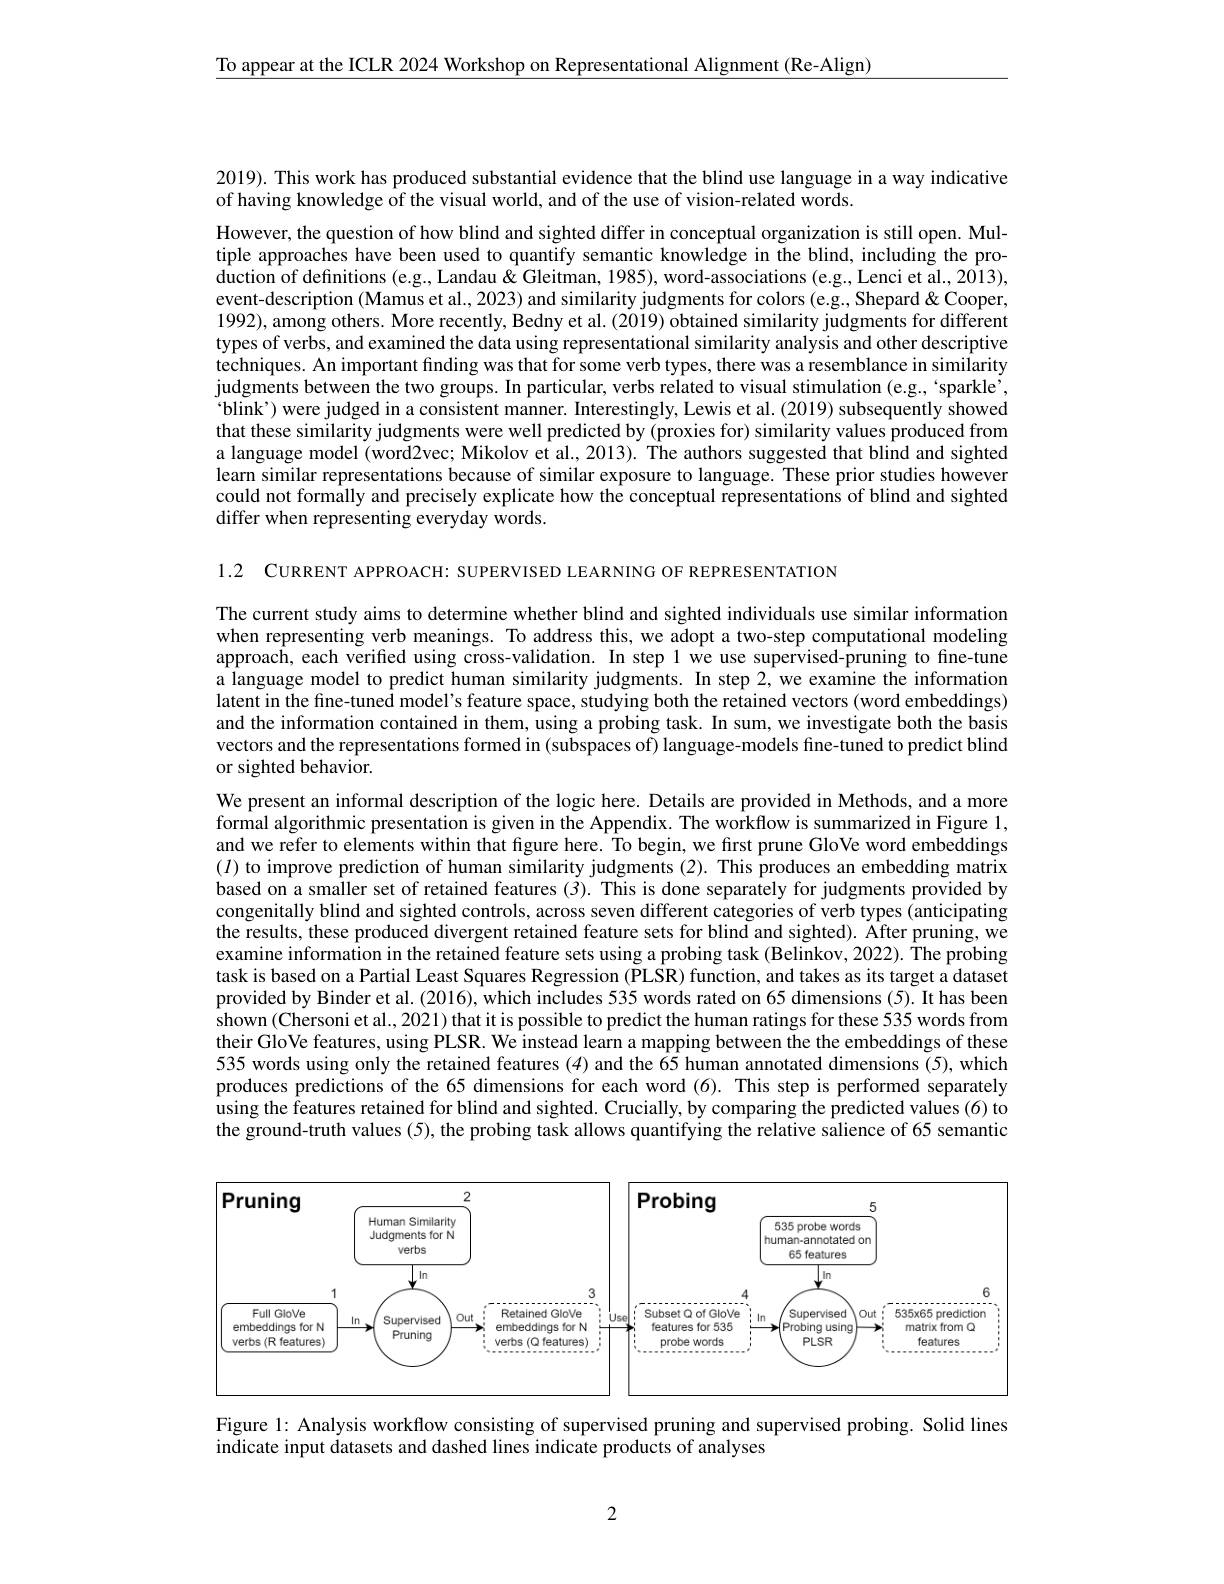
$\underline{\text{To appear at the ICLR 2024 Workshop on Representational Alignment(Re-Align)}}$

2019). This work has produced substantial evidence that the blind use language in a way indicative
of having knowledge of the visual world, and of the use of vision-related words.

However, the question of how blind and sighted differ in conceptual organization is still open. Multiple approaches have been used to quantify semantic knowledge in the blind, including the production of definitions (e.g., Landau & Gleitman, 1985), word-associations (e.g., Lenci et al., 2013), event-description (Mamus et al., 2023) and similarity judgments for colors (e.g., Shepard&Cooper, 1992), among others. More recently, Bedny et al. (2019) obtained similarity judgments for different types of verbs, and examined the data using representational similarity analysis and other descriptive techniques. An important finding was that for some verb types, there was a resemblance in similarity judgments between the two groups. In particular, verbs related to visual stimulation (e.g., `sparkle', $`$blink') were judged in a consistent manner. Interestingly, Lewis et al. (2019) subsequently showed that these similarity judgments were well predicted by (proxies for) similarity values produced from a language model (word2vec; Mikolov et al., 2013). The authors suggested that blind and sighted learn similar representations because of similar exposure to language. These prior studies however could not formally and precisely explicate how the conceptual representations of blind and sighted differ when representing everyday words.

1.2 CURRENT APPROACH: SUPERVISED LEARNING OF REPRESENTATION

The current study aims to determine whether blind and sighted individuals use similar information when representing verb meanings. To address this, we adopt a two-step computational modeling approach, each verified using cross-validation. In step 1 we use supervised-pruning to fine-tune a language model to predict human similarity judgments. In step 2,we examine the information latent in the fine-tuned model's feature space, studying both the retained vectors (word embeddings) and the information contained in them, using a probing task. In sum, we investigate both the basis vectors and the representations formed in (subspaces of) language-models fine-tuned to predict blind or sighted behavior.

We present an informal description of the logic here. Details are provided in Methods, and a more formal algorithmic presentation is given in the Appendix. The workflow is summarized in Figure 1, and we refer to elements within that figure here. To begin, we first prune GloVe word embeddings $(I)$ to improve prediction of human similarity judgments (2). This produces an embedding matrix based on a smaller set of retained features (3). This is done separately for judgments provided by congenitally blind and sighted controls, across seven different categories of verb types (anticipating the results, these produced divergent retained feature sets for blind and sighted). After pruning, we examine information in the retained feature sets using a probing task (Belinkov, 2022). The probing task is based on a Partial Least Squares Regression (PLSR) function, and takes as its target a dataset provided by Binder et al. (2016), which includes 535 words rated on 65 dimensions (5). It has been $\dot{\text{shown(Chersoni et al., 2021) that it is possible to predict the human ratings for these 535 words from}}$ their GloVe features, using PLSR. We instead learn a mapping between the the embeddings of these 535 words using only the retained features (4) and the 65 human annotated dimensions (5), which produces predictions of the 65 dimensions for each word (6). This step is performed separately using the features retained for blind and sighted. Crucially, by comparing the predicted values (6) to the ground-truth values (5), the probing task allows quantifying the relative salience of 65 semantic

<FigureHere>

Figure 1: Analysis workflow consisting of supervised pruning and supervised probing. Solid lines
indicate input datasets and dashed lines indicate products of analyses

2